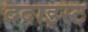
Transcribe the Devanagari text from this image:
ददाइस्ट